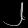
Digit: ၂